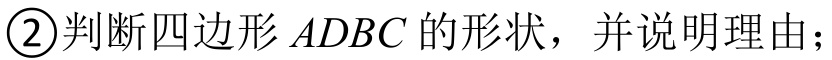
\textcircled{2}判断四边形\(ADBC\)的形状，并说明理由；